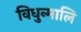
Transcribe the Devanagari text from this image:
विधुन्मालि